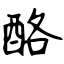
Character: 酪